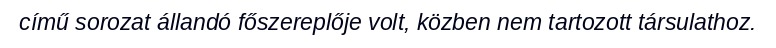
című sorozat állandó főszereplője volt, közben nem tartozott társulathoz.